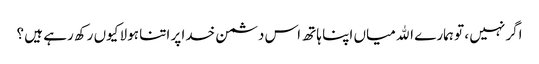
اگر نہیں ، تو ہمارے الله میاں اپنا ہاتھ اس دشمن خدا پر اتنا ہولا کیوں رکھ رہے ہیں ؟